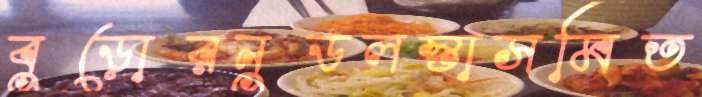
বুড়োরনুডলস্তাসমিত